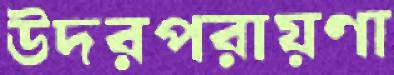
উদরপরায়ণা